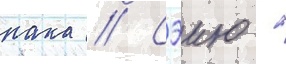
нака // Сэию -